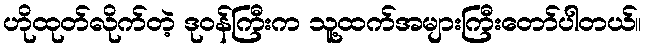
ဟိုထုတ်လိုက်တဲ့ ဒုဝန်ကြီးက သူ့ထက်အများကြီးတော်ပါတယ်။